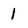
Character: 1